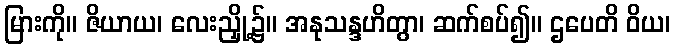
မြားကို။ ဇိယာယ၊ လေးညှို့၌။ အနုသန္ဒဟိတွာ၊ ဆက်စပ်၍။ ဌပေတိ ဝိယ၊